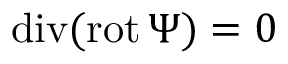
\mathrm { d i v } ( \mathrm { r o t } \, \Psi ) = 0